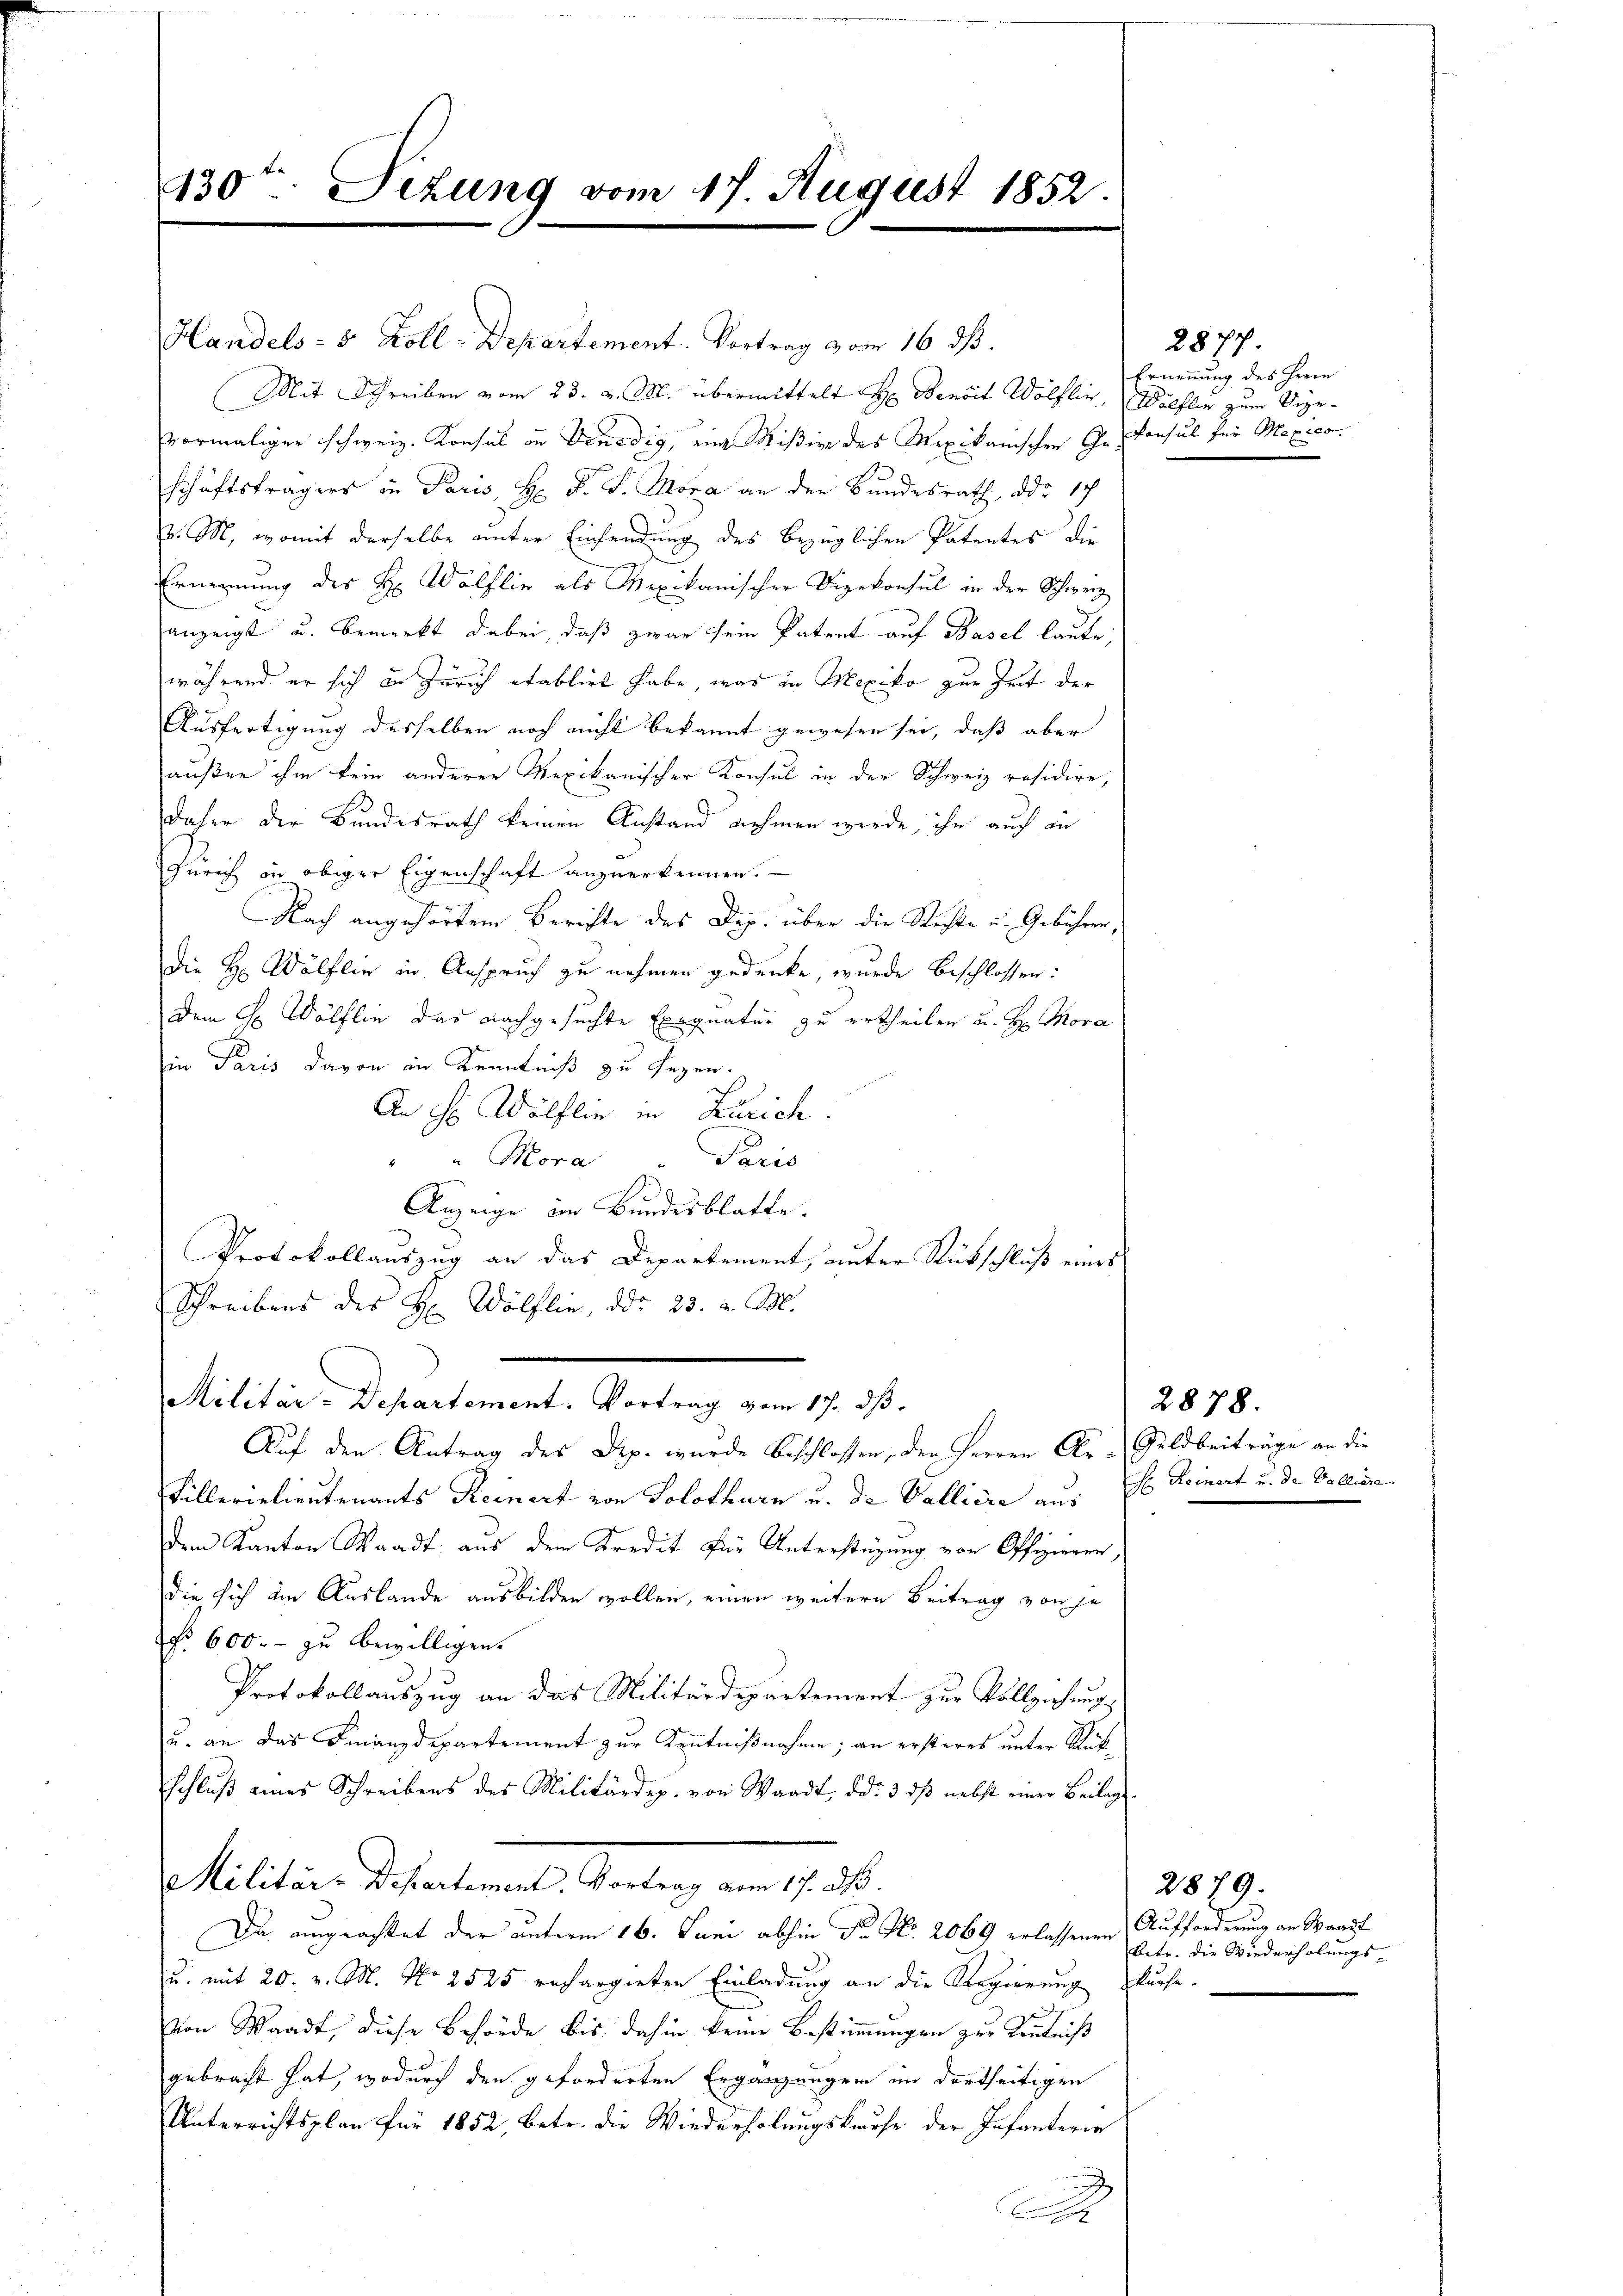
430ten Sizung vom 17. August 1852.

Handels- 5 Zoll-Departement. Vortrag a von 16 dß.
(Mit Schreiben vom 23. d. M. übermittelt H. Denoit Wölflin, Wülflin zum Sinvormaliger schweiz. Konsul in Venedig, ein Mißive des Mexikanischen Ge-Konsul für Mexicoschäftsträgers in Paris, H: Dr. J. Mora an der Bundesrath, ddo 17
. M, womit derselbe unter Einsendung des bezüglichen Patentes die
Ernennung des H: Wölflin als Mexikanischer Vizekonsul in der Schweiz
anzeigt u. bemerkt dabei, daß zwar sein Patent auf Basel laute,
während er sich in Zürich etablirt habe, was in Mexiko zur Zeit der
Ausfertigung desselben noch nicht bekannt gewesen sei, daß aber
außer ihm kein anderen Mexikanischer Konsul in der Schweiz räsidire,
daher der Bundesrath keinen Anstand nehmen werde, ihn auch an
Zürich in obiger Eigenschaft anzuerkennen.
Nach angehörtem Berichte des Dep. über die Rechte u. Gebühren,
die H. Wölflin in Anspruch zu nehmen gedenke, wurde beschlossen:
Dem H. Wölflin das nachgesuchte Exequatur zu ertheilen u. H. Mora
in Paris davon in Kenntniß zu sezen.
An H Wölflin in Zürich.
""Mora " Paris
Anzeige im Bundesblatte.
Protokollauszug an das Departement, unter Rückschluß eines
Schreibens des H. Wölflin, der 23. v. M.
Militär-Departement. Vortrag vom 17. ds.
Auf den Antrag des Dep. wurde beschlossen, den Herren Ar-Geldbeiträge an die
Füllerielieutenants Reinert von Solothurn u. de Valliira aus Ehr Reinert u. da Volliere
dem Kanton Waadt, aus dem Kredit für Unterstüzung von Offizieren,
die sich im Auslande ausbilden wollen, einen weitere Beitrag von je
No 600. - zu bewilligen.
Protokollauszug an das Militärdepartement zur Vollziehung
u. an das Finanzdepartement zur Kenntnißnahme; an ersteres unter Rückschluß eines Schreibens des Militärdep. von Waadt, d. d. 3 dß nebst einer Beilag
Militiere Departement. Garten
Da ungeachtet der unterm 16. Juni abhin Dr. No. 2069 erlassenen Aufforderung an Waadt
u. mit 20. v. M. No 2525 rechargirten Einladung an die Regierung suche.
von Waadt, diese Behörde bis dahin keine Bestimmungen zur Kenntniß
gebracht hat, wodurch den geforderten Ergänzungen im dortseitigen
Unterrichtsplan für 1852, betr. die Wiederholungskaufe der Infanterie
A

2877.
Ernennung des Herrn

2878.

2879.
betr. die Wiederholungs¬